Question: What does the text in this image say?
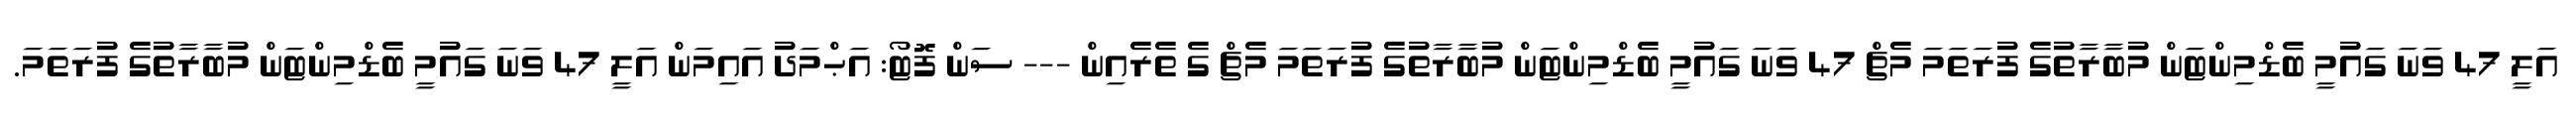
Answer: އަލީ 47 ވަނަ ގައުމީ ބެޑްމިންޓަން މުބާރާތުގެ ފުރަތަމަ މެޗް 47 ވަނަ ގައުމީ ބެޑްމިންޓަން މުބާރާތުގެ ފުރަތަމަ މެޗް ގެ ތެރެއިން --- ސަން ފޮޓޯ: އަޙްމަދު އައިމަން އަލީ 47 ވަނަ ގައުމީ ބެޑްމިންޓަން މުބާރާތުގެ ފުރަތަމަ.